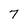
Character: 7